Malaria in the Punjab - Number 46
Disease focus: Malaria
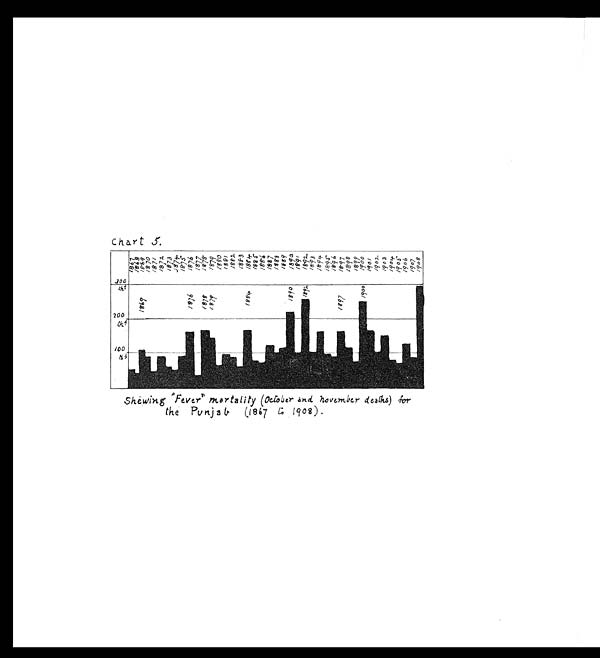
Chart 5.
Shewing "Fever" mortality (October and november deaths) for
the Punjab
(1867 to 1908).